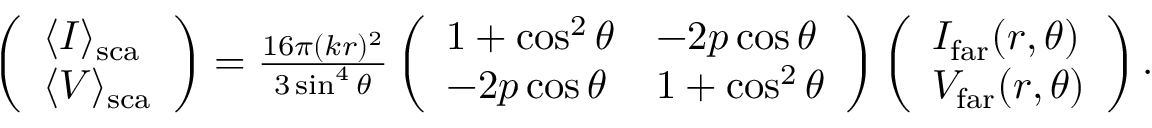
\begin{array} { r } { \left( \begin{array} { l } { \langle I \rangle _ { \mathrm { s c a } } } \\ { \langle V \rangle _ { \mathrm { s c a } } } \end{array} \right) = \frac { 1 6 \pi ( k r ) ^ { 2 } } { 3 \sin ^ { 4 } \theta } \left( \begin{array} { l l } { 1 + \cos ^ { 2 } \theta } & { - 2 p \cos \theta } \\ { - 2 p \cos \theta } & { 1 + \cos ^ { 2 } \theta } \end{array} \right) \left( \begin{array} { l } { I _ { \mathrm { f a r } } ( r , \theta ) } \\ { V _ { \mathrm { f a r } } ( r , \theta ) } \end{array} \right) . } \end{array}